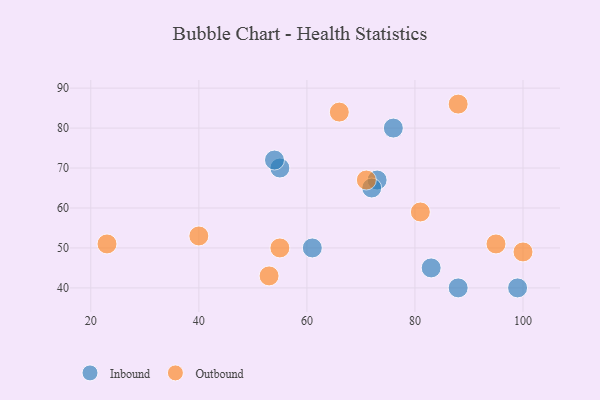
{"axis": {"x": "GDP", "y": "Life Expectancy"}, "legend": ["Inbound", "Outbound"], "data": [{"x": "73", "y": 67, "type": "Inbound"}, {"x": "61", "y": 50, "type": "Inbound"}, {"x": "88", "y": 40, "type": "Inbound"}, {"x": "83", "y": 45, "type": "Inbound"}, {"x": "99", "y": 40, "type": "Inbound"}, {"x": "55", "y": 70, "type": "Inbound"}, {"x": "54", "y": 72, "type": "Inbound"}, {"x": "72", "y": 65, "type": "Inbound"}, {"x": "76", "y": 80, "type": "Inbound"}, {"x": "71", "y": 67, "type": "Outbound"}, {"x": "23", "y": 51, "type": "Outbound"}, {"x": "100", "y": 49, "type": "Outbound"}, {"x": "95", "y": 51, "type": "Outbound"}, {"x": "66", "y": 84, "type": "Outbound"}, {"x": "53", "y": 43, "type": "Outbound"}, {"x": "40", "y": 53, "type": "Outbound"}, {"x": "55", "y": 50, "type": "Outbound"}, {"x": "88", "y": 86, "type": "Outbound"}, {"x": "81", "y": 59, "type": "Outbound"}]}